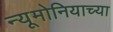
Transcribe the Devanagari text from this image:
न्यूमोनियाच्या